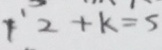
1 ^ { 、 } 2 + k = 5